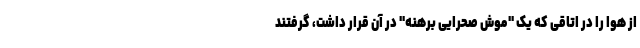
از هوا را در اتاقی که یک "موش صحرایی برهنه" در آن قرار داشت، گرفتند